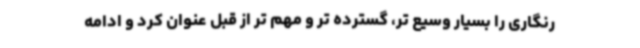
رنگاری را بسیار وسیع تر، گسترده تر و مهم تر از قبل عنوان کرد و ادامه